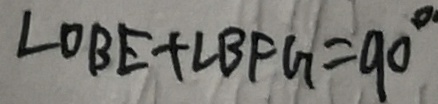
\angle O B E + \angle B F G = 9 0 ^ { \circ }